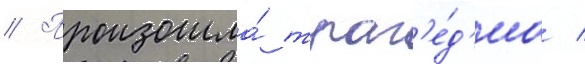
// Произошла́ траг'е́д'иа /